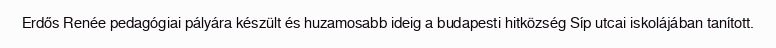
Erdős Renée pedagógiai pályára készült és huzamosabb ideig a budapesti hitközség Síp utcai iskolájában tanított.